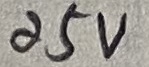
Text: 25V